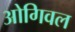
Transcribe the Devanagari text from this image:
ओगिवल